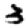
Digit: 3